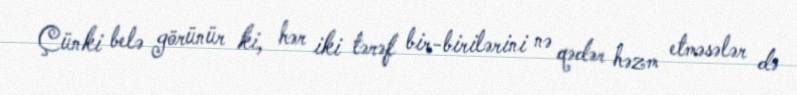
Çünki belə görünür ki, hər iki tərəf bir-birilərini nə qədər həzm etməsələr də